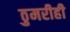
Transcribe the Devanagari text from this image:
ठुमरीही